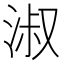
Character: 淑